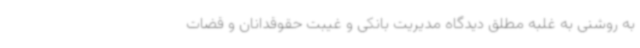
به روشنی به غلبه مطلق دیدگاه مدیریت بانکی و غیبت حقوقدانان و قضات